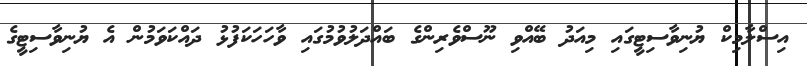
އިސްލާމިކް ޔުނިވާސިޓީގައި މިއަދު ބޭއްވި ނޫސްވެރިންގެ ބައްދަލުވުމުގައި ވާހަހަކަފުޅު ދައްކަވަމުން އެ ޔުނިވާސިޓީގެ